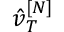
\hat { v } _ { T } ^ { [ N ] }